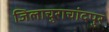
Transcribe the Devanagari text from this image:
जिलाचुराचांदपुर